Sanitation, dispensaries and jails vaccination Rajputana 1922-1927 - 1922-1927
Year: 1922
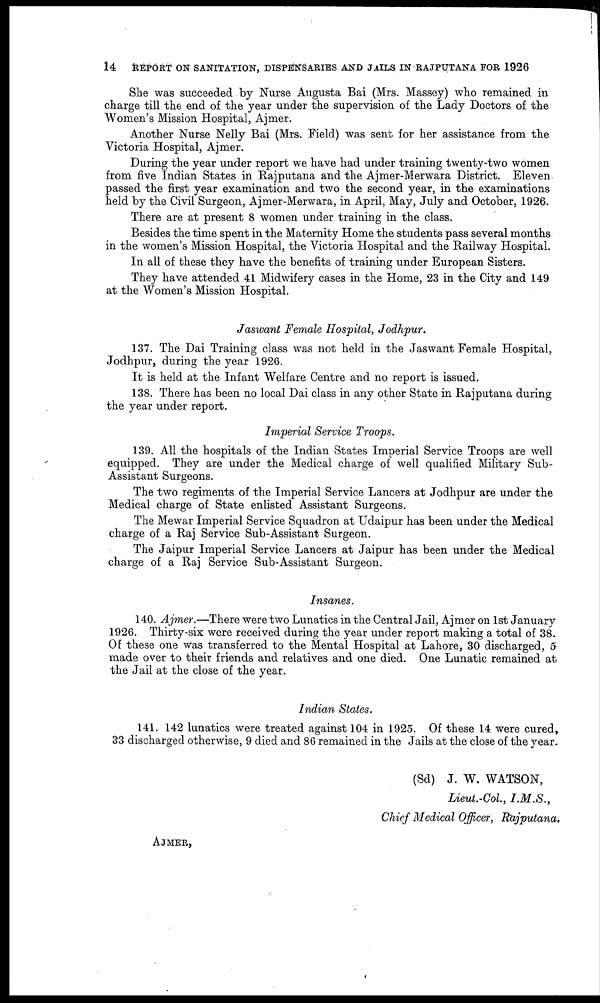
14
REPORT ON SANITATION, DISPENSARIES AND JAILS IN RAJPUTANA FOR 1926
She was succeeded by Nurse Augusta Bai (Mrs. Massey) who remained in
charge till the end of the year under the supervision of the Lady Doctors of the
Women's Mission Hospital, Ajmer.
Another Nurse Nelly Bai (Mrs. Field) was sent for her assistance from the
Victoria Hospital, Ajmer.
During the year under report we have had under training twenty-two women
from five Indian States in Rajputana and the Ajmer-Merwara District. Eleven
passed the first year examination and two the second year, in the examinations
held by the Civil Surgeon, Ajmer-Merwara, in April, May, July and October, 1926.
There are at present 8 women under training in the class.
Besides the time spent in the Maternity Home the students pass several months
in the women's Mission Hospital, the Victoria Hospital and the Railway Hospital.
In all of these they have the benefits of training under European Sisters.
They have attended 41 Midwifery cases in the Home, 23 in the City and 149
at the Women's Mission Hospital.
Jaswant Female Hospital, Jodhpur.
137. The Dai Training class was not held in the Jaswant Female Hospital,
Jodhpur, during the year 1926.
It is held at the Infant Welfare Centre and no report is issued.
138. There has been no local Dai class in any other State in Rajputana during
the year under report.
Imperial Service Troops.
139. All the hospitals of the Indian States Imperial Service Troops are well
equipped. They are under the Medical charge of well qualified Military Sub-
Assistant Surgeons.
The two regiments of the Imperial Service Lancers at Jodhpur are under the
Medical charge of State enlisted Assistant Surgeons.
The Mewar Imperial Service Squadron at Udaipur has been under the Medical
charge of a Raj Service Sub-Assistant Surgeon.
The Jaipur Imperial Service Lancers at Jaipur has been under the Medical
charge of a Raj Service Sub-Assistant Surgeon.
Insanes.
140. Ajmer.—There were two Lunatics in the Central Jail, Ajmer on 1st January
1926. Thirty-six were received during the year under report making a total of 38.
Of these one was transferred to the Mental Hospital at Lahore, 30 discharged, 5
made over to their friends and relatives and one died. One Lunatic remained at
the Jail at the close of the year.
Indian States,
141. 142 lunatics were treated against 104 in 1925. Of these 14 were cured,
33 discharged otherwise, 9 died and 86 remained in the Jails at the close of the year.
AJMER,
(Sd) J. W. WATSON,
Lieut.-Col, I.M.S.,
Chief Medical Officer, Rajputana.